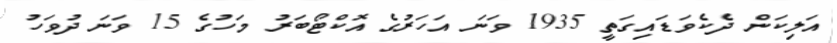
އަލިކަން ދެކެވަޑައިގަތީ 1935 ވަނަ އަހަރުގެ އޮކްޓޯބަރު މަހުގެ 15 ވަނަ ދުވަހު